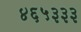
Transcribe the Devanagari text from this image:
४६५३३३